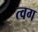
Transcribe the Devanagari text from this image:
त्वग